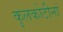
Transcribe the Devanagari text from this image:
कुलकोटीनां